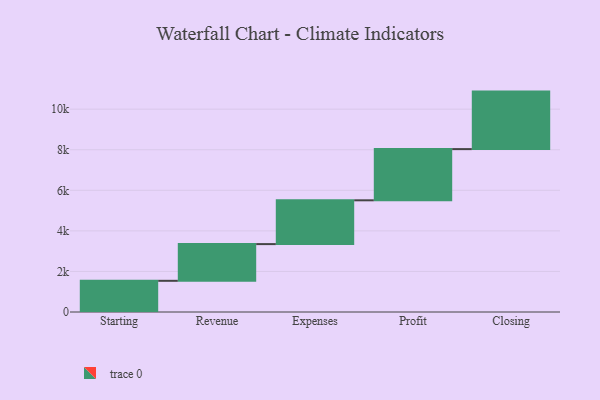
{"axis": {"x": "Step", "y": "Value"}, "legend": [""], "data": [{"x": "Starting", "y": 1538.0, "type": ""}, {"x": "Revenue", "y": 1810.0, "type": ""}, {"x": "Expenses", "y": 2159.0, "type": ""}, {"x": "Profit", "y": 2525.0, "type": ""}, {"x": "Closing", "y": 2835.0, "type": ""}]}